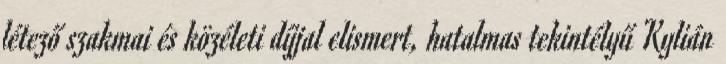
létező szakmai és közéleti díjjal elismert, hatalmas tekintélyű Kylián